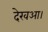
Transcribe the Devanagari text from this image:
देखआ।